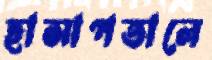
হাসাপতালে